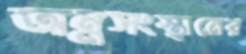
অন্নসংস্থানের